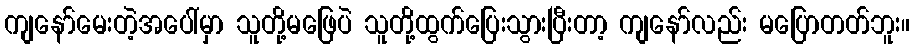
ကျနော်မေးတဲ့အပေါ်မှာ သူတို့မဖြေပဲ သူတို့ထွက်ပြေးသွားပြီးတာ့ ကျနော်လည်း မပြောတတ်ဘူး။